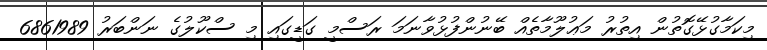
މިކަމާގުޅޭގޮތުން އިތުރު މަޢުލޫމާތެއް ބޭނުންފުޅުވާނަމަ ރަސްމީ ގަޑީގައި މި ސްކޫލުގެ ނަންބަރު 6861989